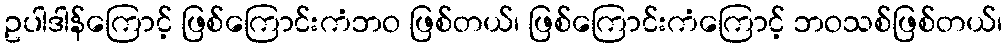
ဥပါဒါန်ကြောင့် ဖြစ်ကြောင်းကံဘဝ ဖြစ်တယ်၊ ဖြစ်ကြောင်းကံကြောင့် ဘဝသစ်ဖြစ်တယ်၊